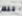
تلك